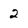
Character: 2